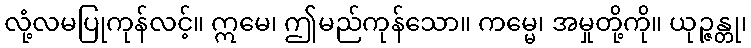
လုံ့လမပြုကုန်လင့်။ ဣမေ၊ ဤမည်ကုန်သော။ ကမ္မေ၊ အမှုတို့ကို။ ယုဉ္ဇန္တု၊